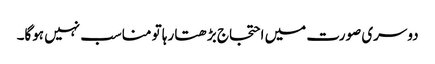
دوسری صورت میں احتجاج بڑھتا رہا تو مناسب نہیں ہوگا۔